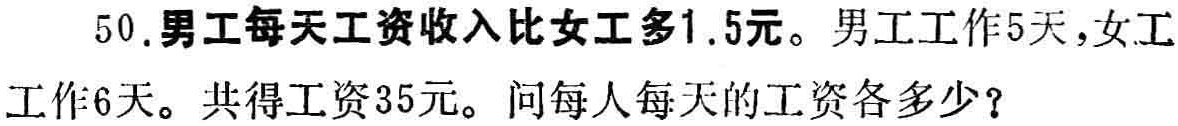
50.男工每天工资收入比女工多1.5元。男工工作5天，女工工作6天。共得工资35元。问每人每天的工资各多少？